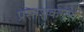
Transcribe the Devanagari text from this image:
प्रसाशकगण